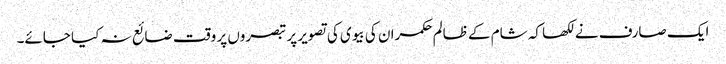
ایک صارف نے لکھا کہ شام کے ظالم حکمران کی بیوی کی تصویر پر تبصروں پر وقت ضائع نہ کیا جائے۔